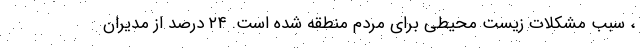
، سبب مشکلات زیست محیطی برای مردم منطقه شده است. ۲۴ درصد از مدیران